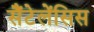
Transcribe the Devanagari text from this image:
सैंटेलेंसिस